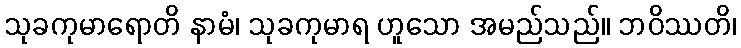
သုခကုမာရောတိ နာမံ၊ သုခကုမာရ ဟူသော အမည်သည်။ ဘဝိဿတိ၊